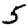
Digit: 5